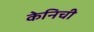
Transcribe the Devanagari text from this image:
केनिची